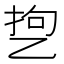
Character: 㐝